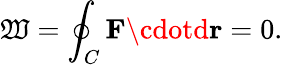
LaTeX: \mathfrak{W}=\oint_{C}\mathbf{{F}}\cdotd{\mathbf{{r}}}=0.